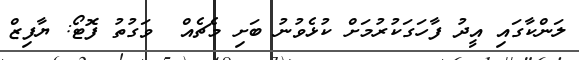
ލަންކާގައި އީދު ފާހަގަކުރުމަށް ކުޅެވުނު ބަށި މެޗެއް  ވަގުތު ފޮޓޯ: ޔާފިޒް